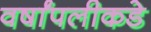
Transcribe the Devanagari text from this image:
वर्षांपलीकडे